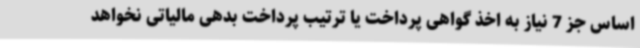
اساس جز 7 نیاز به اخذ گواهی پرداخت یا ترتیب پرداخت بدهی مالیاتی نخواهد